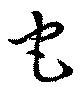
它